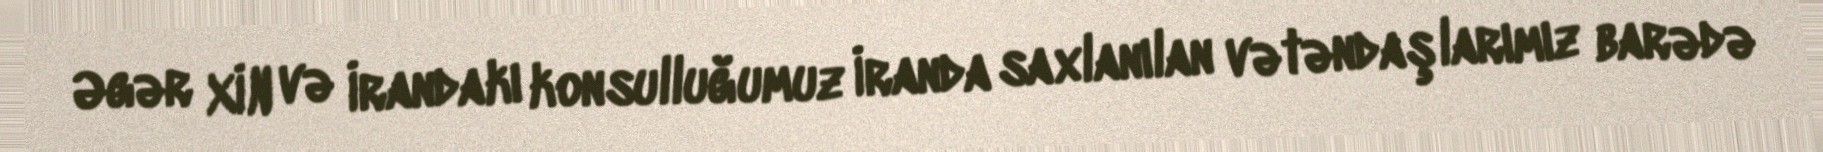
Əgər XİN və İrandakı konsulluğumuz İranda saxlanılan vətəndaşlarımız barədə